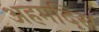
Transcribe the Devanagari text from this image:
अहमदिस